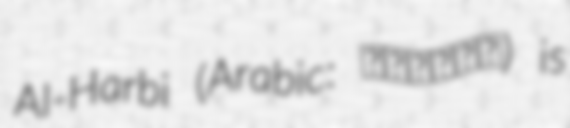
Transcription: Al-Harbi (Arabic: الحربي) is